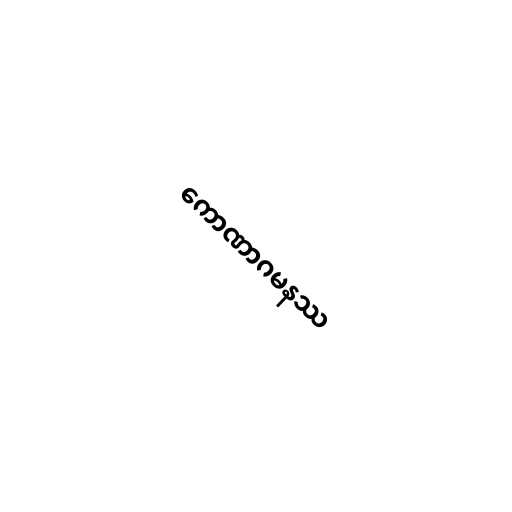
ကောဏာဂမနဿ